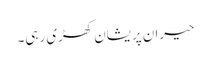
حیران پریشان کھڑی رہی۔